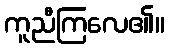
ကူညီကြလေ၏။